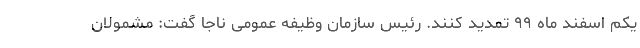
یکم اسفند ماه ۹۹ تمدید کنند. رئیس سازمان وظیفه عمومی ناجا گفت: مشمولان